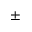
\pm